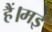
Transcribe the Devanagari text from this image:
हैं।मई